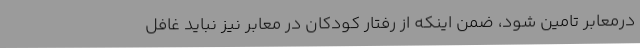
درمعابر تامین شود، ضمن اینکه از رفتار کودکان در معابر نیز نباید غافل